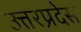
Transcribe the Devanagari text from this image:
उत्तरप्रदेस